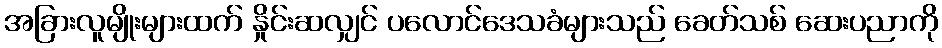
အခြားလူမျိုးများထက် နှိုင်းဆလျှင် ပလောင်ဒေသခံများသည် ခေတ်သစ် ဆေးပညာကို